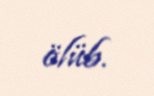
ölüb.